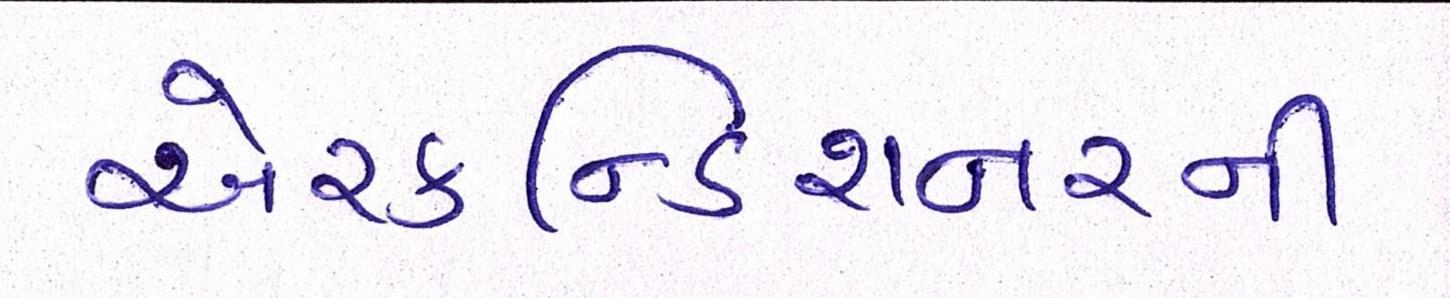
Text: એરકન્ડિશનરની